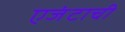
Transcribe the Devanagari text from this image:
एजंटाची